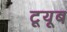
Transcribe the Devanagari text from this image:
टूयूब